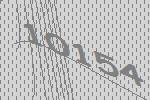
10154